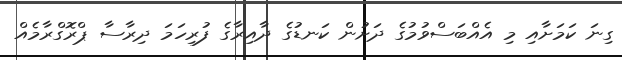
ގިނަ ކަމަށާއި މި އެއްބަސްވުމުގެ ދަށުން ކަނޑުގެ ދާއިރާގެ ފުރިހަމަ ދިރާސާ ޕްރޮގްރާމެއް